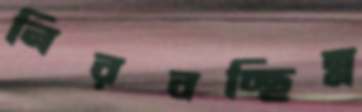
নিরবচ্ছিন্ন